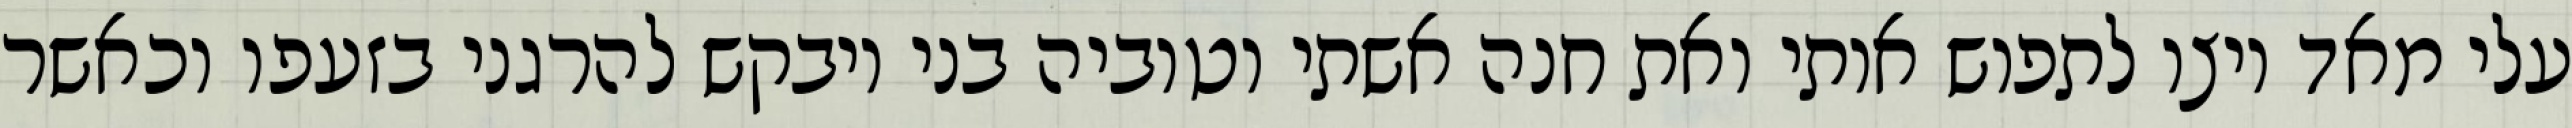
עלי מאד ויצו לתפוש אותי ואת חנה אשתי וטוביה בני ויבקש להרגני בזעפו וכאשר